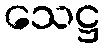
သေဋ္ဌ